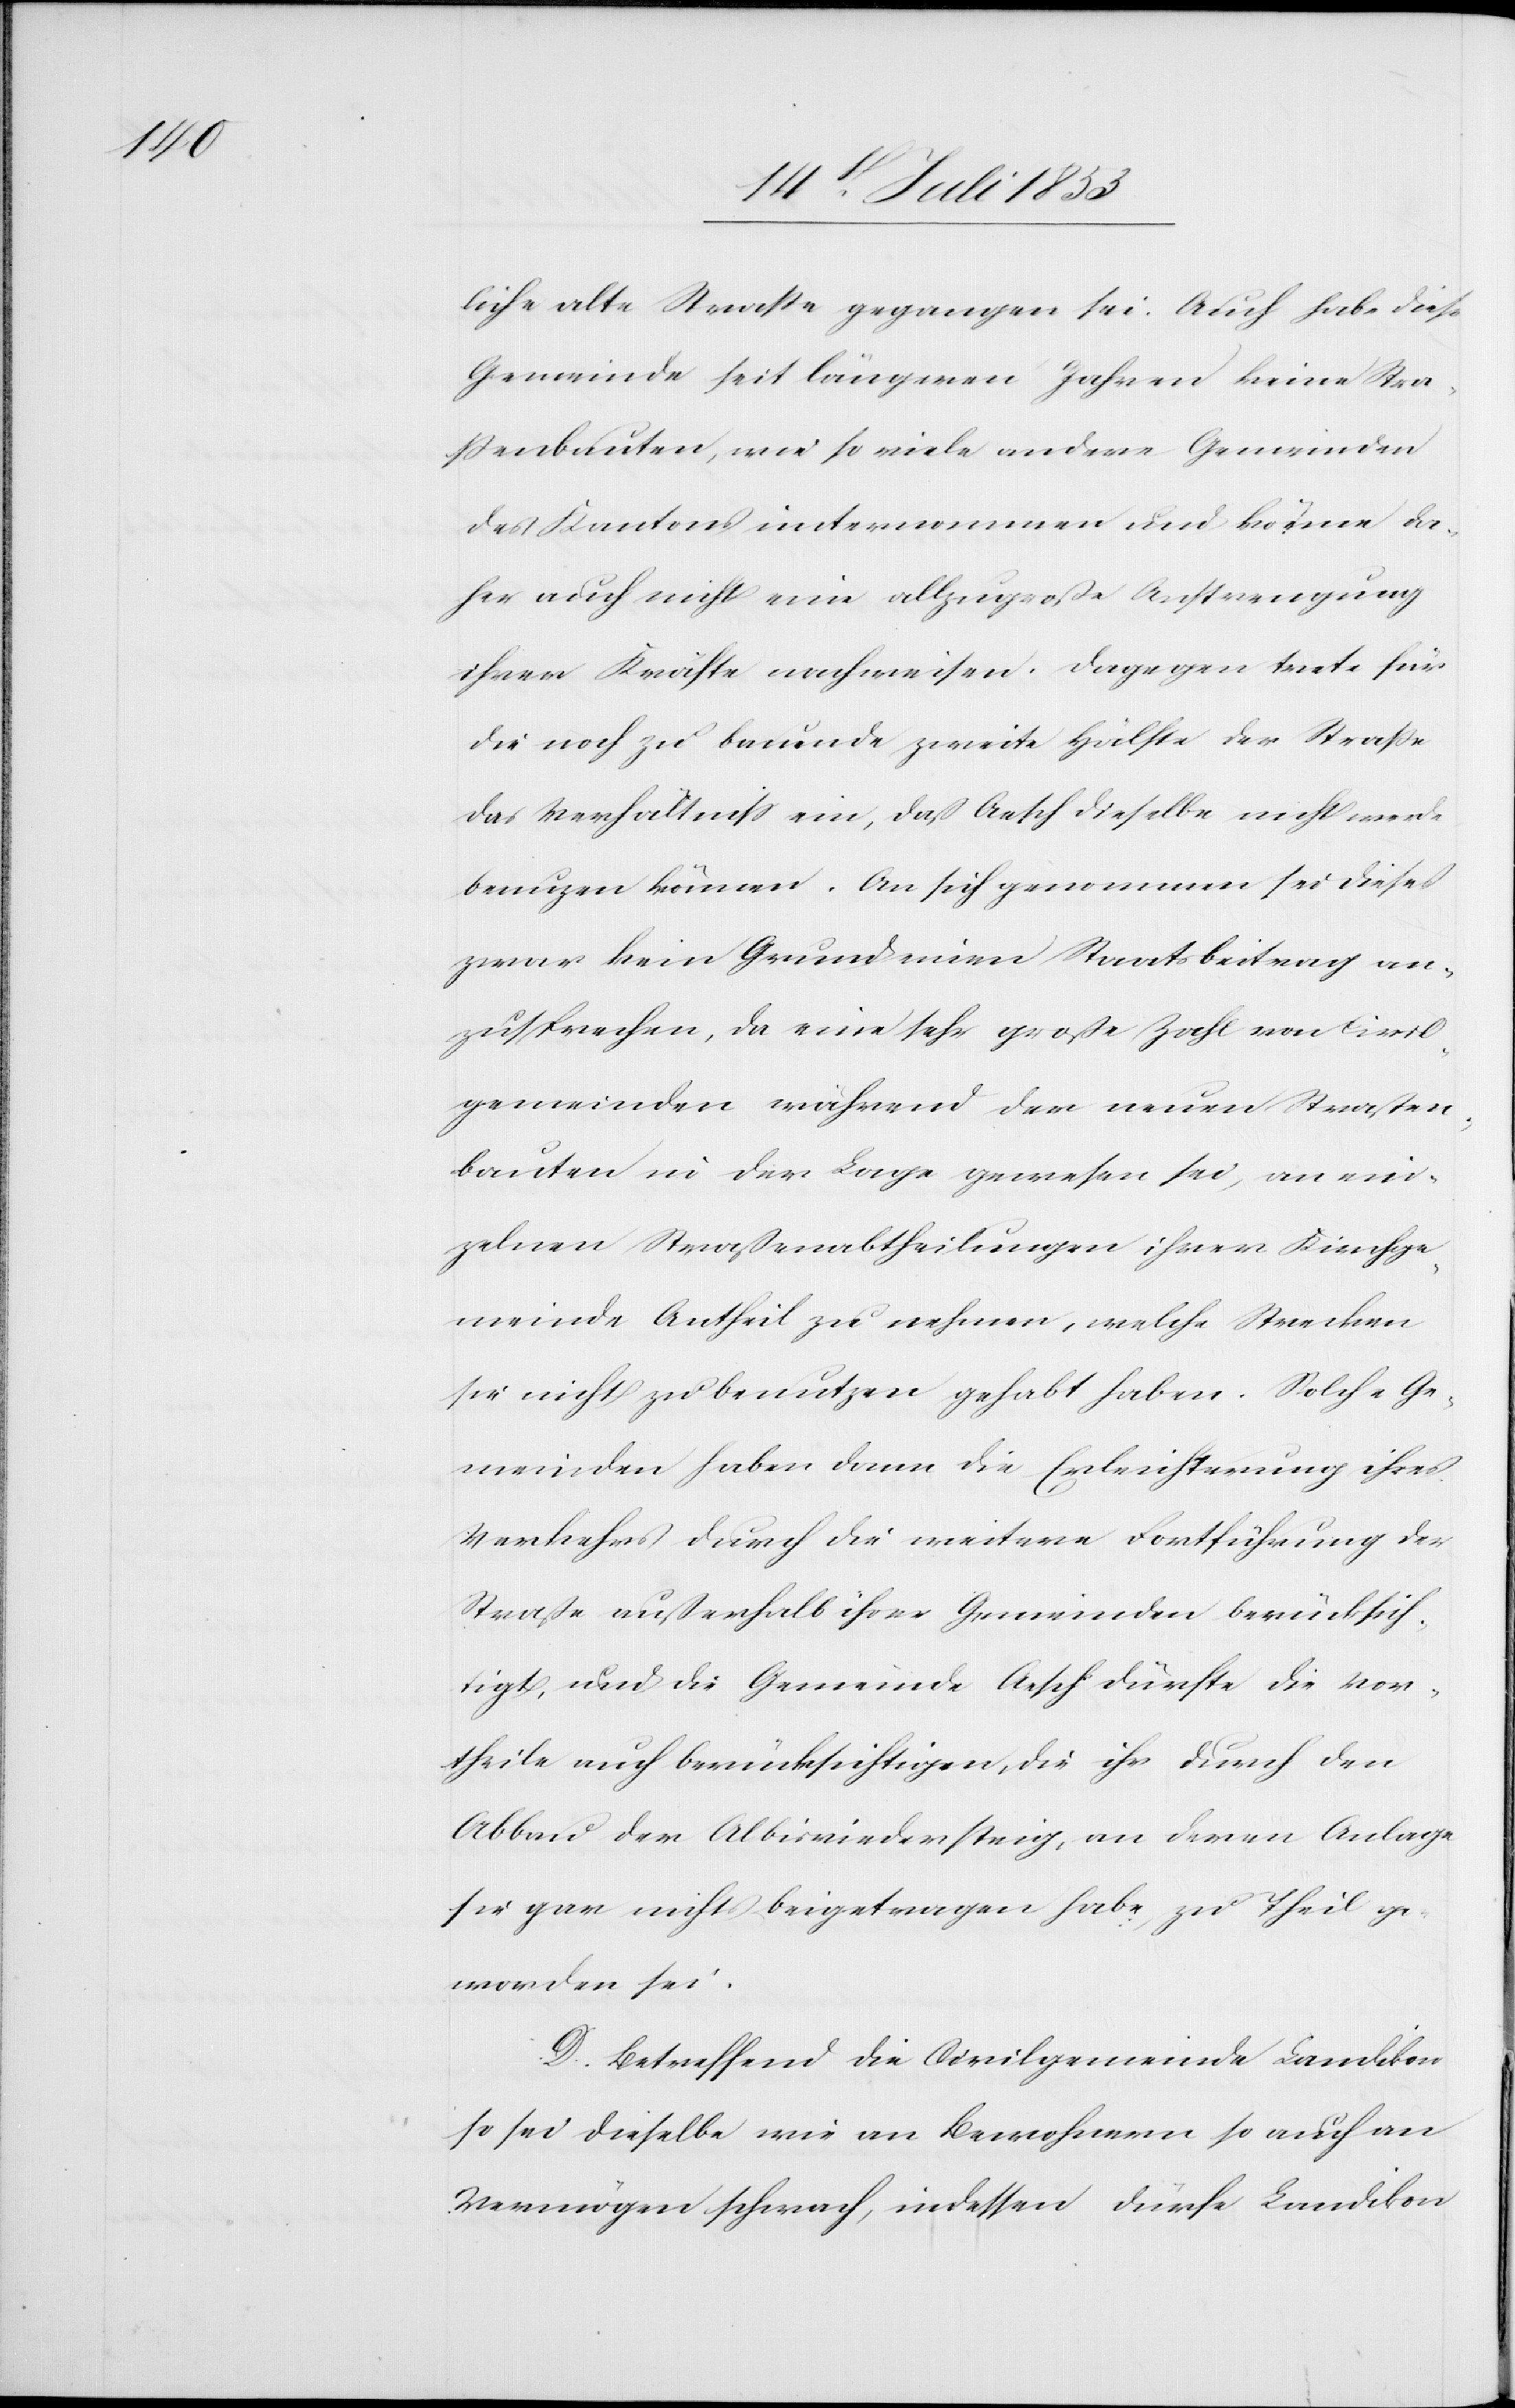
liche alte Strecke gegangen sei. Auch habe diese
Gemeinde seit längeren Jahren keine Stra¬
ßenbauten, wie so viele andere Gemeinden
des Kantons unternommen und könne da¬
her auch nicht eine allzugroße Anstrengung
ihrer Kräfte nachweisen. Dagegen trete für
die noch zu bauende zweite Hälfte der Straße
das Verhältniß ein, daß Aesch dieselbe nicht werde
benuzen können. An sich genommen sei dieses
zwar kein Grund einen Staatsbeitrag an¬
zusprechen, da eine sehr große Zahl von Civil¬
gemeinden während der neuen Straßen¬
bauten in der Lage gewesen sei, an ein¬
zelnen Straßenabtheilungen ihrer Kirchge¬
meinde Antheil zu nehmen, welche Strecken
sie nicht zu benutzen gehabt haben. Solche Ge¬
meinden haben dann die Erleichterung ihres
Verkehres durch die weitere Fortführung der
Straße außerhalb ihrer Gemeinden berücksich¬
tigt, und die Gemeinde Aesch dürfte die Vor¬
theile auch berücksichtigen, die ihr durch den
Abbau der Albisriedersteig, an deren Anlage
sie gar nicht beigetragen habe, zu Theil ge¬
worden sei.
D. Betreffend die Civilgemeinde Landikon
so sei dieselbe wie an Bewohnern so auch an
Vermögen schwach, indessen dürfe Landikon